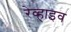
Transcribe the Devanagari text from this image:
रेव्हाइव